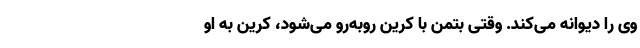
وی را دیوانه می‌کند. وقتی بتمن با کرین روبه‌رو می‌شود، کرین به او